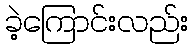
ခဲ့ကြောင်းလည်း